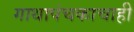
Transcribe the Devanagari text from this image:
गाथापंचकाचाही